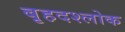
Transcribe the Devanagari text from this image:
बृहदश्लोक